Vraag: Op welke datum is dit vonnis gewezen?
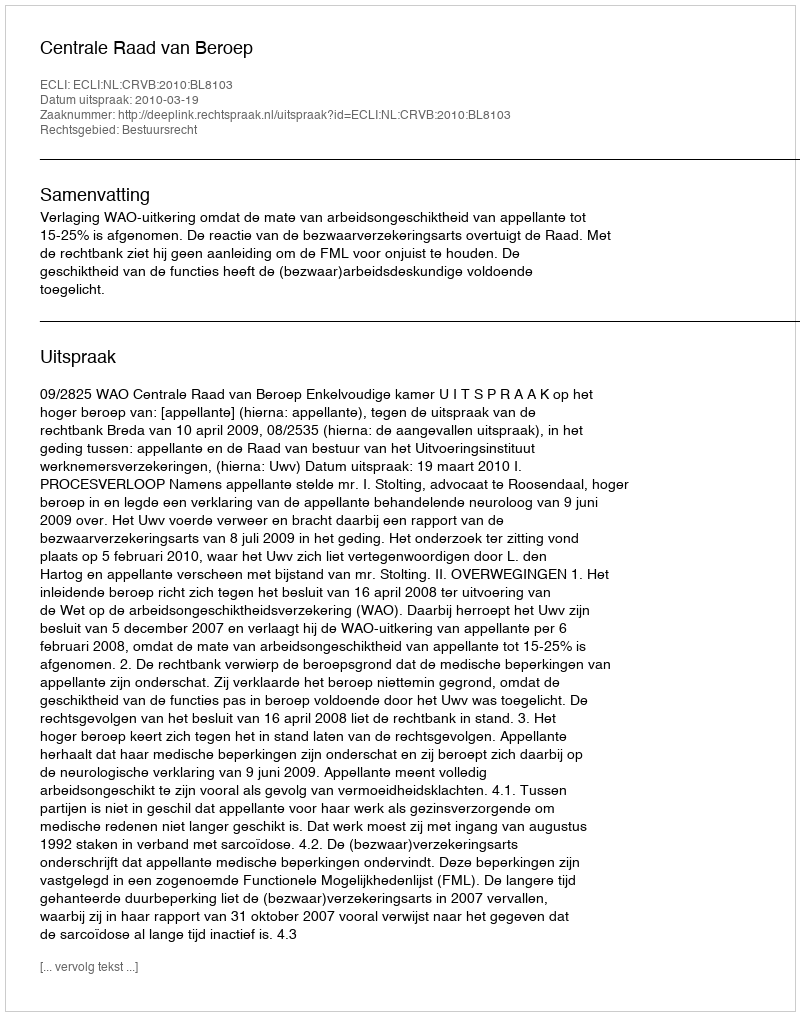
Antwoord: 2010-03-19